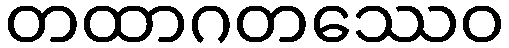
တထာဂတဿေဝ